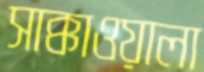
সাক্কাওয়ালা